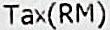
TAX(RM)